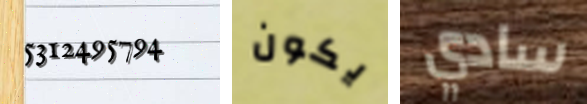
5312495794 يكون سادي